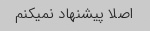
اصلا پیشنهاد نمیکنم